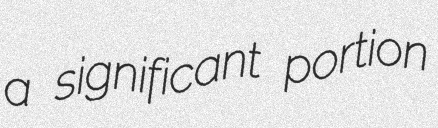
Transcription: a significant portion